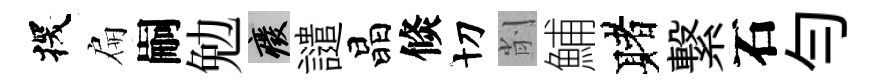
探扁嗣勉廢譴晶倐切削鯆赌繋石勻